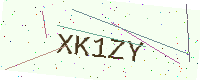
Text: XK1ZY